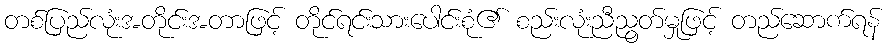
တစ်ပြည်လုံးအတိုင်းအတာဖြင့် တိုင်ရင်းသားပေါင်းစုံ၏ စည်းလုံးညီညွတ်မှုဖြင့် တည်ဆောက်ရန်